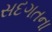
સદગતના